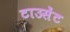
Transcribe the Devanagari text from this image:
टाउसेंट